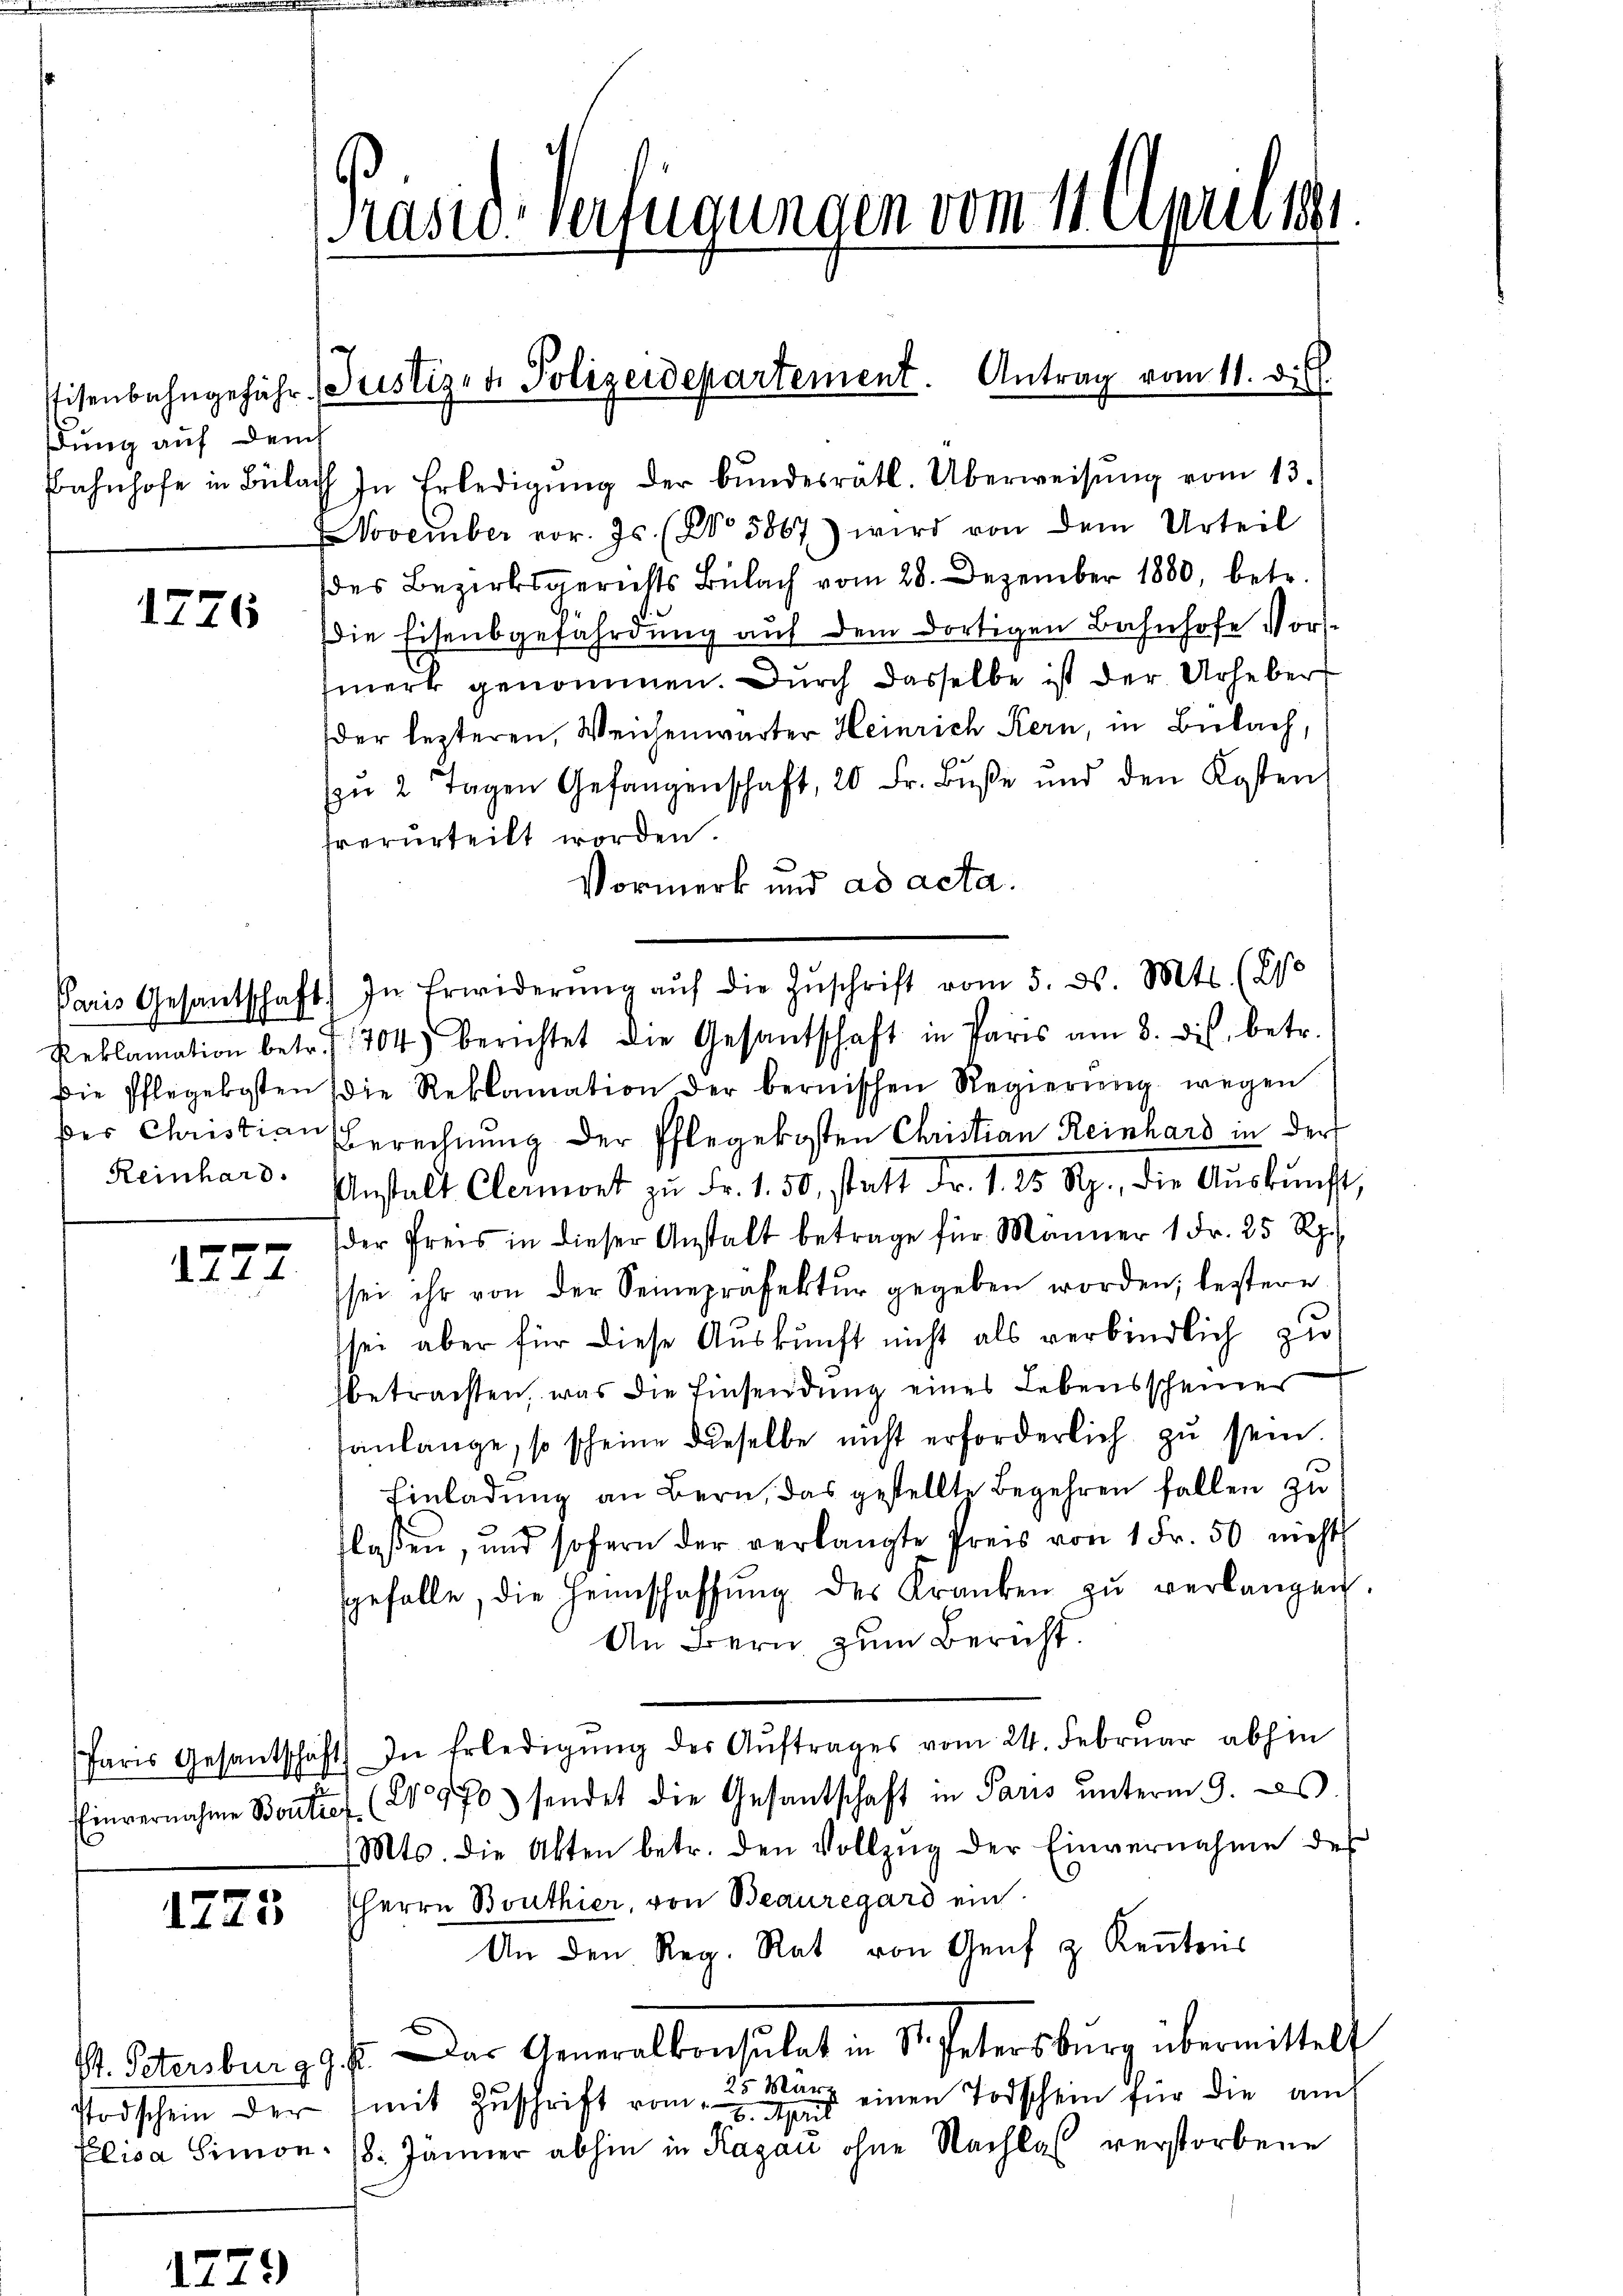
dung auf dem

1776

Reinhard.

1227

Einvernahme Boutref

1723

Präsid-Verfügungen vom 11. Apriller

Bahnhofe in Bülach In Erledigŭng der bŭndesrätl. Überweisŭng vom 13.
November vor. Js. (No 5867) wird von dem Urteil
des Bezirksgerichts Bülach vom 28. Dezember 1880, betr.
Die Eisenbgefährdung auf dem dortigen Bahnhofe Vorsmerk genommen. Durch dasselbe ist der Urheber
der lezteren, Weichenwarter Heinrich Kern, in Bülach,
u 2 Tagen Gefangenschaft, 20 Fr. Bŭβe und den Kosten
fverurteilt worden.
Vormerk und ad acta.
Paris Gesantschaft) In Erwiderŭng aŭf die Zŭschrift vom 5. ds. Mts. (210
Peklamation betr. 1704) berichtet die Gesandschaft in Paris am 8. ds. betr.
die Pflegekosten die Reklamation der bernischen Regierŭng wegen
der Christian Berechnung der Pflegekosten Christian Reinhard in der
Anstalt Clermort zŭ Fr. 1. 50, statt Fr. 1. 25 Rp., die Aŭskŭnft,
der Preis in dieser Anstalt betrage für Männer 1 Fr. 25 Rp.
sei ihr von der Seinepräfektŭr gegeben worden; leztere
sei aber für diese Auskunft nicht als verbindlich zu
betrachten, was die Einsendung eines Lebensscheines
anlange, so scheine dieselbe nicht erforderlich zu sein
Einladung an Bern, das gestellte Begehren fallen zu
tlassen, und sofern der verlangte Preis von 1 Fr. 50 nicht
gefalle, die Heimschaffŭng des Kranken zŭ verlangen.
An Bern zum Bericht.
Paris Gesantschaft) In Erledigŭng des Aŭftrages vom 24. Febrŭar abhin
20970. sendet die Gesantschaft in Paris unterm 9. ds.
Mts. die Akten betr. den Vollzŭg der Einvernahme des
HHerrn Bouthier, von Beauregard ein
An den Reg. Rat von Genf & Kenntens
St. Petersburg 9 f. Das Generalkonsulat in St. Petersburg übermittelt
25 März einen Todschein für die auch
Todschein der (mit Zŭschrift vom 7. April
Elisa Simon 18. Jänner abhin in Ragau ohne Nachlas verstorbene

Eisenbahngeführ Justizen Polizeidepartement. Antrag vom 11. di